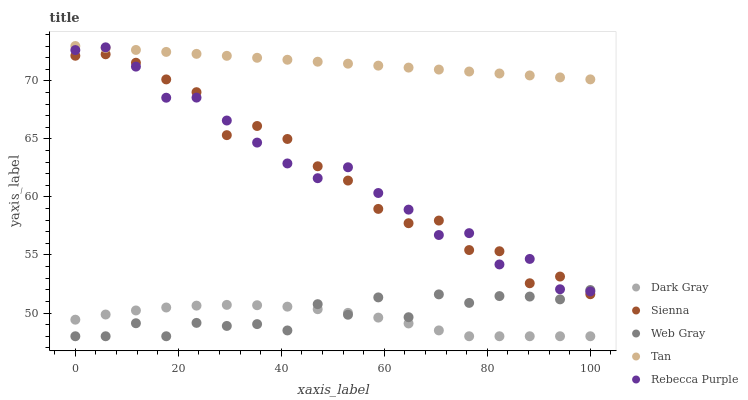
| xaxis_label | Dark Gray | Sienna | Web Gray | Tan | Rebecca Purple |
 | --- | --- | --- | --- | --- | --- |
 | 0 | 49.4 | 72.2 | 48 | 73 | 72.7 |
 | 5.88 | 49.9 | 72.3 | 48 | 72.8 | 72.9 |
 | 11.8 | 50.2 | 71.6 | 49.1 | 72.7 | 71.2 |
 | 17.6 | 50.5 | 70.1 | 48 | 72.5 | 68.5 |
 | 23.5 | 50.6 | 69 | 49.2 | 72.3 | 68.6 |
 | 29.4 | 50.7 | 65.3 | 48.9 | 72.2 | 66.6 |
 | 35.3 | 50.7 | 66.1 | 49 | 72 | 64.7 |
 | 41.2 | 50.5 | 65 | 48.5 | 71.8 | 62.9 |
 | 47.1 | 50.3 | 62.6 | 50.8 | 71.6 | 61.6 |
 | 52.9 | 50 | 61.4 | 49.9 | 71.5 | 62.6 |
 | 58.8 | 49.6 | 59 | 51.3 | 71.3 | 60.3 |
 | 64.7 | 49.1 | 57.7 | 49.6 | 71.1 | 58.9 |
 | 70.6 | 48.5 | 58 | 51.6 | 71 | 56.7 |
 | 76.5 | 48 | 55.4 | 50.9 | 70.8 | 56.9 |
 | 82.4 | 48 | 55.3 | 51.5 | 70.6 | 54.2 |
 | 88.2 | 48 | 52.6 | 51.4 | 70.5 | 54.7 |
 | 94.1 | 48 | 53.1 | 51.2 | 70.3 | 52 |
 | 100 | 48 | 51.6 | 52 | 70.1 | 51.9 |